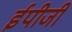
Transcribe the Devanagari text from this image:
ईपीजी